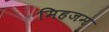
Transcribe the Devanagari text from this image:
मिहजम